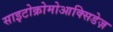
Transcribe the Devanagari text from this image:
साइटोक्रोमोआक्सिडेज़